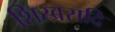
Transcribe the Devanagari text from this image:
शिखरादि